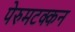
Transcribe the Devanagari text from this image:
पेरुमटक्कन